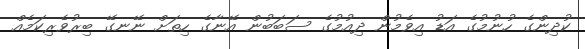
ކުދިންގެ ހުނުމުގެ އަޑު އިވެމުން ދިއުމުގެ ސަބަބުން އޭނާގެ ހިތަށް ނޭނގޭ ބިރުވެރިކަމެއް